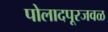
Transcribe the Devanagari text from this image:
पोलादपूरजवळ